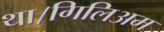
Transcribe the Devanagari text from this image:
था।गिलिअम